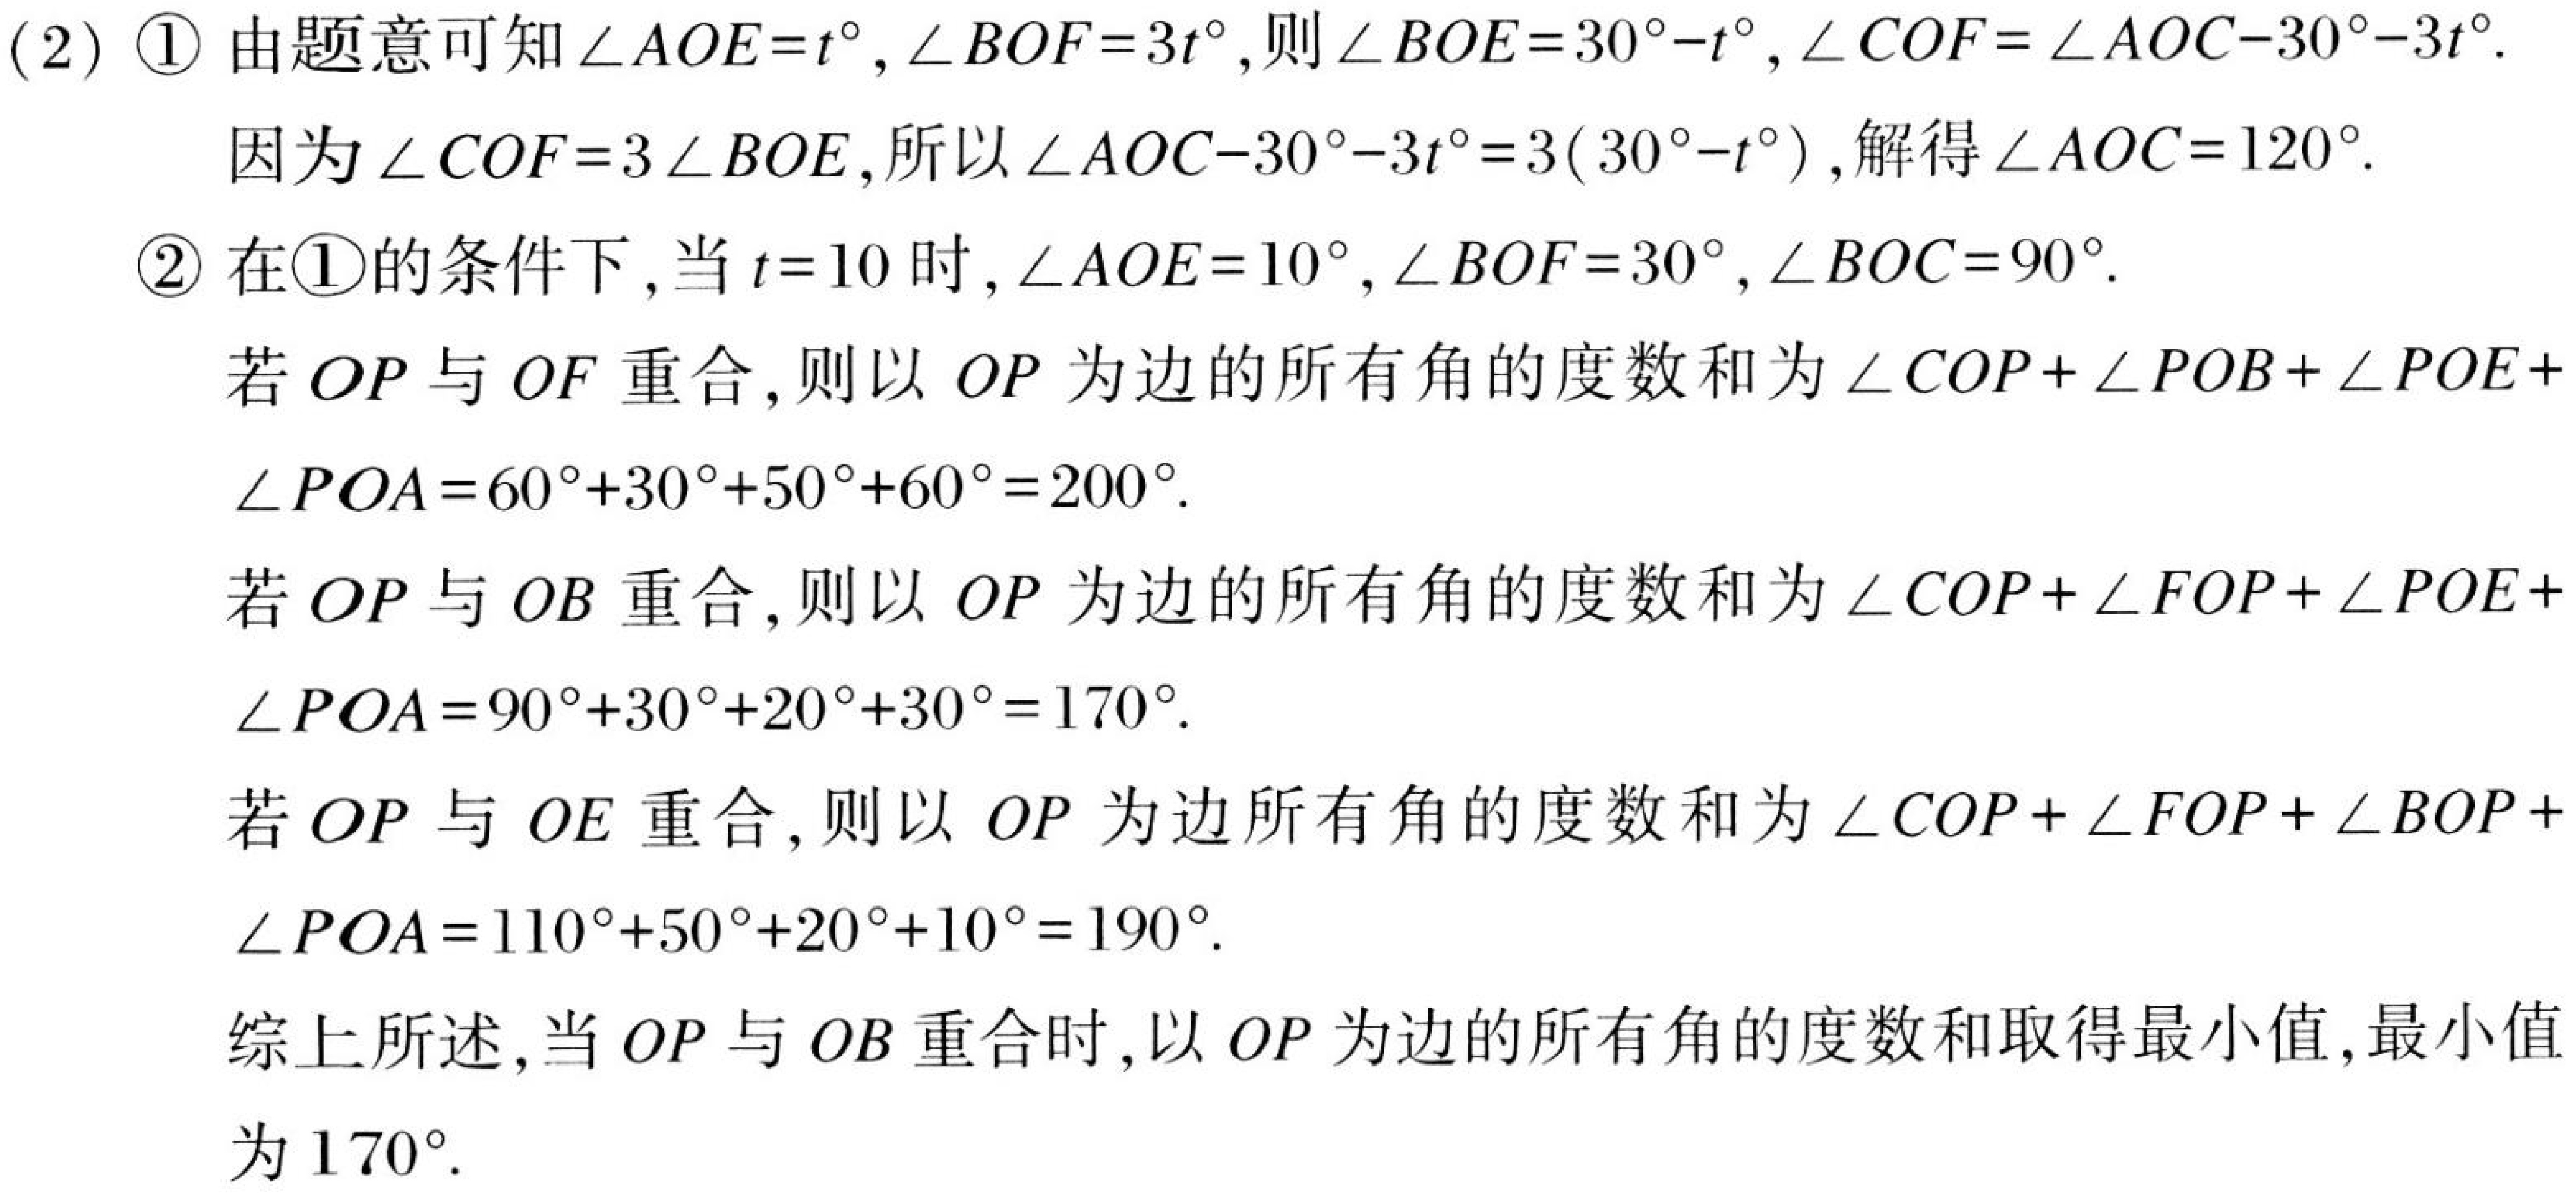
(2) \textcircled{1} 由题意可知\(\angle AOE = t^{\circ},\angle BOF = 3t^{\circ}\),则\(\angle BOE = 30^{\circ}-t^{\circ},\angle COF=\angle AOC - 30^{\circ}-3t^{\circ}\).
因为\(\angle COF = 3\angle BOE\),所以\(\angle AOC - 30^{\circ}-3t^{\circ}=3(30^{\circ}-t^{\circ})\),解得\(\angle AOC = 120^{\circ}\).
\textcircled{2} 在\textcircled{1}的条件下,当\(t = 10\)时,\(\angle AOE = 10^{\circ},\angle BOF = 30^{\circ},\angle BOC = 90^{\circ}\).
若\(OP\)与\(OF\)重合,则以\(OP\)为边的所有角的度数和为\(\angle COP+\angle POB+\angle POE+\angle POA = 60^{\circ}+30^{\circ}+50^{\circ}+60^{\circ}=200^{\circ}\).
若\(OP\)与\(OB\)重合,则以\(OP\)为边的所有角的度数和为\(\angle COP+\angle FOP+\angle POE+\angle POA = 90^{\circ}+30^{\circ}+20^{\circ}+30^{\circ}=170^{\circ}\).
若\(OP\)与\(OE\)重合,则以\(OP\)为边所有角的度数和为\(\angle COP+\angle FOP+\angle BOP+\angle POA = 110^{\circ}+50^{\circ}+20^{\circ}+10^{\circ}=190^{\circ}\).
综上所述,当\(OP\)与\(OB\)重合时,以\(OP\)为边的所有角的度数和取得最小值,最小值为\(170^{\circ}\).